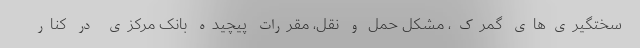
سختگیری‌های گمرک، مشکل حمل و نقل، مقررات پیچیده بانک مرکزی در کنار